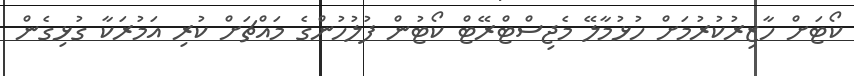
ކޯޓަށް ހާޒިރުކުރުމަށް ހުޅުމާލޭ މެޖިސްޓްރޭޓް ކޯޓުން ފުލުހުންގެ މައްޗަށް ކުރި އަމުރަކާ ގުޅިގެން